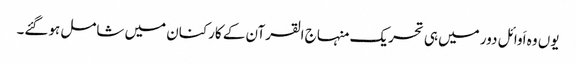
یوں وہ اَوائل دور میں ہی تحریک منہاج القرآن کے کارکنان میں شامل ہوگئے۔